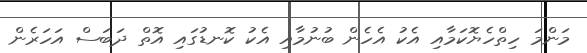
މަންމަ ހިތްހެޔޮކަމާއި އެކު އެހެން ބުނުމާއި އެކު ކޮނޑުގައި އޮތް ދަބަސް އަހަރެން